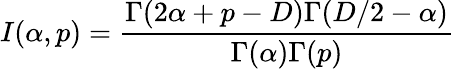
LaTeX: I(\alpha,p)=\frac{\Gamma(2\alpha+p-D)\Gamma(D/2-\alpha)}{\Gamma(\alpha)\Gamma(p)}